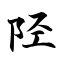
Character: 陉